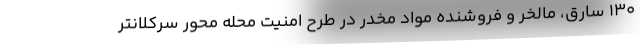
١٣٠ سارق، مالخر و فروشنده مواد مخدر در طرح امنیت محله محور سرکلانتر